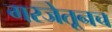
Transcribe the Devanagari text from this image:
गरजेतूनच